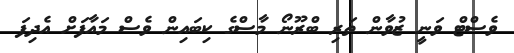
ވެސްޓް ވަނީ ޒުވާން ތަރި ބްރޫނޯ މާސްގެ ކިބައިން ވެސް މައާފަށް އެދިފަ